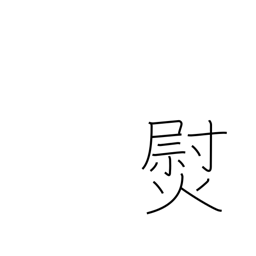
Meaning: smooth out